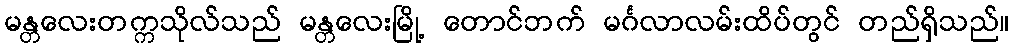
မန္တလေးတက္ကသိုလ်သည် မန္တလေးမြို့ တောင်ဘက် မင်္ဂလာလမ်းထိပ်တွင် တည်ရှိသည်။